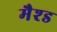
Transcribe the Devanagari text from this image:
मैश्ड